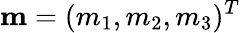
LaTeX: \mathbf{m}=(m_{1},m_{2},m_{3})^{T}